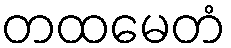
တထမေတံ